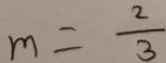
m = \frac { 2 } { 3 }